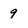
Character: 9